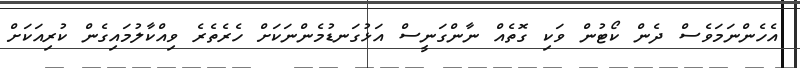
އެހެންނަމަވެސް ދެން ކޯޓުން ވަކި ގޮތެއް ނާންގަނީސް އަޅުގަނޑުމެންނަކަށް ހެރެތެރެ ވިއްކާލުމައިގެން ކުރިއަކަށް